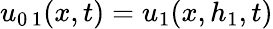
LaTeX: u_{0\, 1}(x,t)=u_{1}(x,h_{1},t)